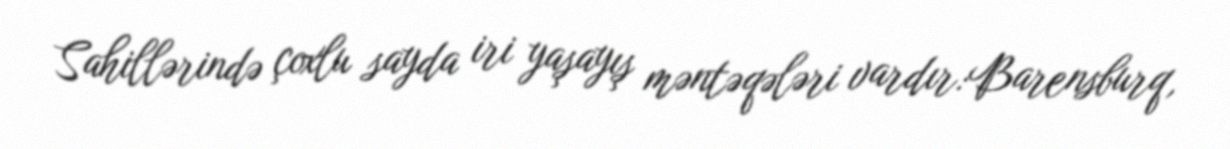
Sahillərində çoxlu sayda iri yaşayış məntəqələri vardır:Barensburq,